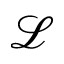
\mathscr { L }